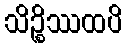
သိဉ္စိဿထပိ